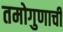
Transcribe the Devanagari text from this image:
तमोगुणाची